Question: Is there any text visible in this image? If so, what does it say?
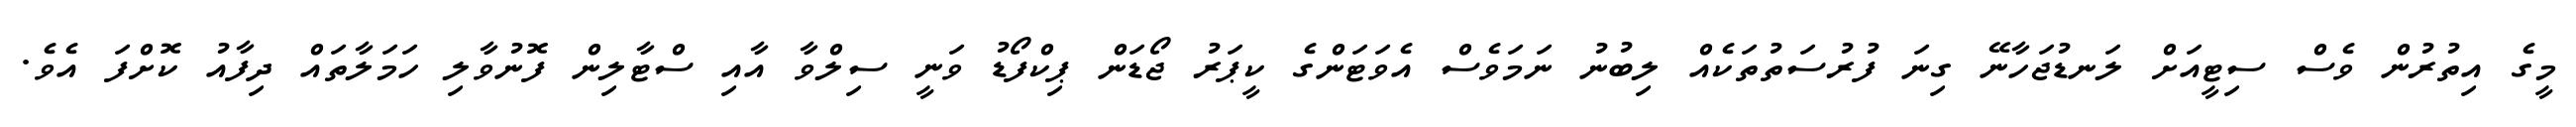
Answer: މީގެ އިތުރުން ވެސް ސިޓީއަށް ލަނޑުޖަހާނޭ ގިނަ ފުރުސަތުތަކެއް ލިބުނު ނަމަވެސް އެވަޓަންގެ ކީޕަރު ޖޯޑަން ޕިކްފޯޑު ވަނީ ސިލްވާ އާއި ސްޓާލިން ފޮނުވާލި ހަމަލާތައް ދިފާއު ކޮށްފަ އެވެ.